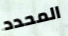
المحدد